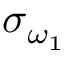
\sigma _ { \omega _ { 1 } }